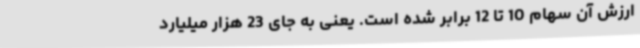
ارزش آن سهام 10 تا 12 برابر شده است. یعنی به جای 23 هزار میلیارد